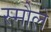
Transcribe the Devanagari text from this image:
स्मौले